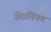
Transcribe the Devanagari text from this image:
जेरानियम